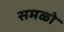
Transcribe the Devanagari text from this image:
समळो